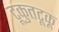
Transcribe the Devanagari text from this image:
टूकुतटूकू